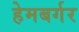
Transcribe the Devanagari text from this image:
हेमबर्गर